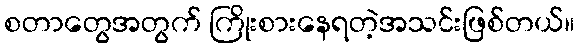
စတာတွေအတွက် ကြိုးစားနေရတဲ့အသင်းဖြစ်တယ်။